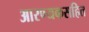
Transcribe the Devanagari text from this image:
आरण्यकसहित